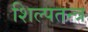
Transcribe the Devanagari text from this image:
शिल्पतन्त्र